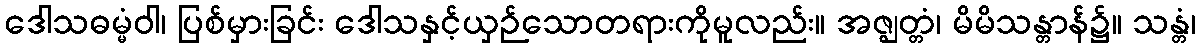
ဒေါသဓမ္မံဝါ၊ ပြစ်မှားခြင်း ဒေါသနှင့်ယှဉ်သောတရားကိုမူလည်း။ အဇ္ဈတ္တံ၊ မိမိသန္တာန်၌။ သန္တံ၊